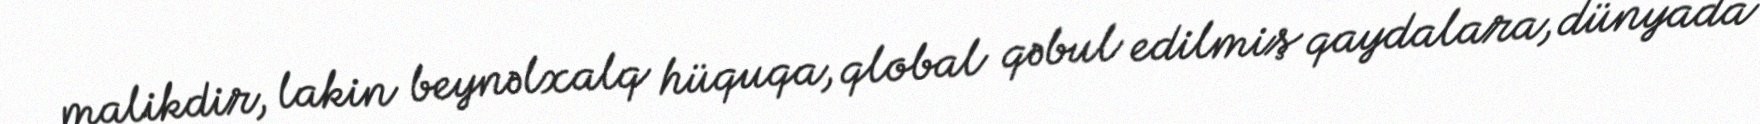
malikdir, lakin beynəlxalq hüquqa, qlobal qəbul edilmiş qaydalara, dünyada